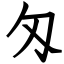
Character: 匁